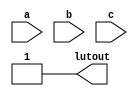
// Copyright (C) 1991-2011 Altera Corporation
// Your use of Altera Corporation's design tools, logic functions 
// and other software and tools, and its AMPP partner logic 
// functions, and any output files from any of the foregoing 
// (including device programming or simulation files), and any 
// associated documentation or information are expressly subject 
// to the terms and conditions of the Altera Program License 
// Subscription Agreement, Altera MegaCore Function License 
// Agreement, or other applicable license agreement, including, 
// without limitation, that your use is for the sole purpose of 
// programming logic devices manufactured by Altera and sold by 
// Altera or its authorized distributors.  Please refer to the 
// applicable agreement for further details.

////////////////////////////////////////////////////////////////////////////////
////////////////////// STRATIX LCELL LUT for Formal Verification ///////////////
////////////////////////////////////////////////////////////////////////////////



module lcell_lut3 ( a, b, c, lutout );
	parameter lut_mask = 8'hff;

	input a, b, c;
	output lutout;

	wire active_a, active_b, active_c;

	reg lutval;

	////////// special purpose functions ////////////////////////////

	// ** function returns the lut output value ** // 

	function lut3;
        input [7:0] mask;
		input a, b, c;
		integer mask_index;
		reg [2:0] mask_reg_index;
		reg lut_value ;
        begin
			lut_value = 0;
			for( mask_index = 0; mask_index <= 7;
				 mask_index = mask_index + 1 )
			begin
				mask_reg_index = mask_index;
				lut_value = lut_value | ( (c ~^ mask_reg_index[2]) &
					(b ~^ mask_reg_index[1]) &
					(a ~^ mask_reg_index[0]) &
					(mask[mask_index]) );
			end
			lut3 = lut_value;
		end
	 endfunction

	// ** checks the LUT's dependency on data inputs **//

	function lutusesa;
        input [7:0] mask ;
        reg used;
        reg [3:0] bits1, bits2;
        begin
            bits1 = { mask[7], mask[5], mask[3], mask[1] };
            bits2 = { mask[6], mask[4], mask[2], mask[0] };
            used = | ( bits1 ^ bits2 );
            lutusesa = used;
        end
    endfunction

	function lutusesb;
        input [7:0] mask ;
        reg used;
        reg [3:0] bits1, bits2;
        begin
            bits1 = { mask[7:6], mask[3:2] };
            bits2 = { mask[5:4], mask[1:0] };
            used = | ( bits1 ^ bits2 );
            lutusesb = used;
        end
    endfunction

    function lutusesc ;
        input [7:0] mask;
		reg used;
        begin
			used = |(mask[7:4] ^ mask[3:0]);
			lutusesc = used;
        end
    endfunction

	generate
	case( lut_mask )
`ifdef LC_OPTIMIZED_FUNCTIONS
		8'h96 : begin
			assign lutout = a ^ b ^ c;
		end

		8'he8 : begin
			assign lutout = a & ( b | c ) | b & c;
		end

		8'h5a : begin
			assign lutout = a ^ c;
		end

		8'h69 : begin
			assign lutout = a ^ b ^ ~c;
		end

		8'h8e : begin
			assign lutout = a & ( b | ~c ) | b & ~c;
		end

		8'ha0 : begin
			assign lutout = a & c;
		end

		8'h17 : begin
			assign lutout = ~a & ( ~b | ~c ) | ~b & ~c;
		end

		8'hd4 : begin
			assign lutout = ~a & ( b | c ) | b & c;
		end

		8'ha5 : begin
			assign lutout = a ^ ~c;
		end

		8'h88 : begin
			assign lutout = a & b;
		end
`endif

		default : begin
			assign active_a = (lutusesa(lut_mask) == 1) ? a : 1'b0;
			assign active_b = (lutusesb(lut_mask) == 1) ? b : 1'b0;
			assign active_c = (lutusesc(lut_mask) == 1) ? c : 1'b0;

			assign lutout = lutval;

			always @( active_a or active_b or active_c )
				lutval = lut3( lut_mask, active_a, active_b,
					active_c );
		end
	endcase
	endgenerate
endmodule